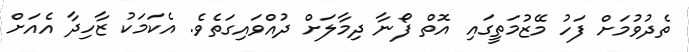
ތެދުވުމަށް ފަހު މޭޒުމަތީގައި އޮތް ފޯނާ ދިމާލަށް ދުއްވައިގަތެވެ. އެކަމަކު ޒާހިދާ އެއަށް